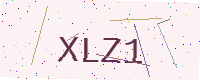
Text: XLZ1